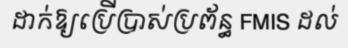
ដាក់ឱ្យប្រើប្រាស់ប្រព័ន្ធ FMIS ដល់